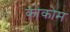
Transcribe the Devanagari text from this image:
कोकोम